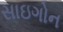
સાઇગોન